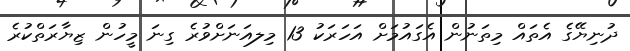
ދުނިޔޭގެ އެތައް މިތަނުން އެގައުމަށް އަހަރަކު 13 މިލއަނަށްވުރެ ގިނަ މީހުން ޒިޔާރަތްކުރެ